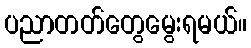
ပညာတတ်တွေမွေးရမယ်။